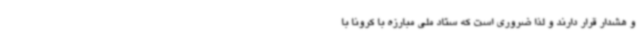
و هشدار قرار دارند و لذا ضروری است که ستاد ملی مبارزه با کرونا با